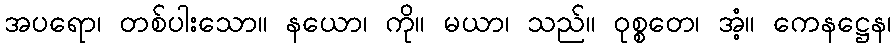
အပရော၊ တစ်ပါးသော။ နယော၊ ကို။ မယာ၊ သည်။ ဝုစ္စတေ၊ အံ့။ ကေနဋ္ဌေန၊